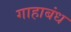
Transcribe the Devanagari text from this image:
गाहाबंध